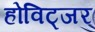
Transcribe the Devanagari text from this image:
होविट्जर